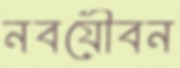
নবযৌবন